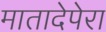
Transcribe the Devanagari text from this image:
मातादेपेरा